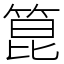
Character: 箟